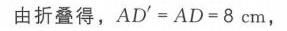
由折叠得，\(AD' = AD = 8\mathrm{cm}\)